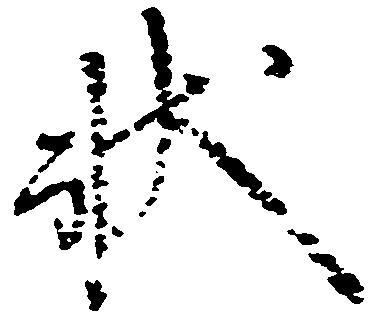
状